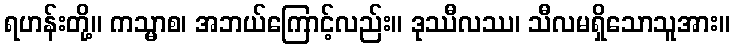
ရဟန်းတို့။ ကသ္မာစ၊ အဘယ်ကြောင့်လည်း။ ဒုဿီလဿ၊ သီလမရှိသောသူအား။